Indian journal of veterinary science and animal husbandry - Volume 14,
Year: 1944
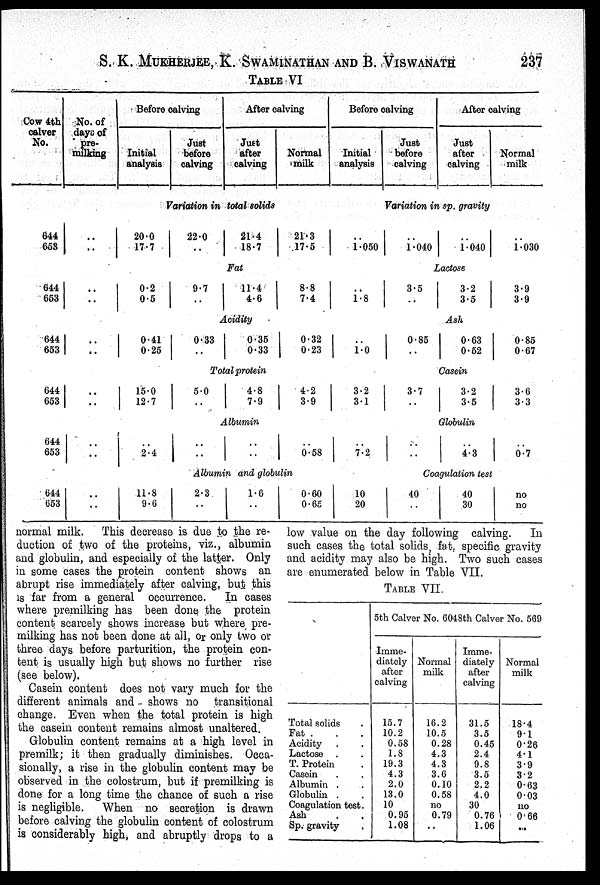
S. K. MUKHERJEE, K. SWAMINATHAN AND B. VISWANATH
237
TABLE VI
Cow 4th
calver
No.
644
653
644
653
644
653
644
653
644
653
644
653
No. of
days of
pre¬
milking
. .
. .
..
. .
. .
. .
. .
. .
. .
. .
. .
. .
Before calving
Initial
analysis
Just
before
calving
After calving
Just
after
calving
Normal
milk
Variation in total solids
20.0
17.7
22.0
. .
21.4
18.7
21.3
17.5
Fat
0.2
0.5
9.7
. .
11.4
4.6
8.8
7.4
Acidity
0.41
0.25
0.33
. .
0.35
0.33
0.32
0.23
Total protein
15.0
12.7
5.0
. .
4.8
7.9
4.2
3.9
Albumin
. .
2.4
. .
. .
. .
. .
. .
0.58
Albumin and globulin
11.8
9.6
2.3
. .
1.6
. .
0.60
0.65
Before calving
Initial
analysis
Just
before
calving
After calving
Just
after
calving
Normal
milk
Variation in sp. gravity
. .
1.050
. .
1.040
. .
1.040
. .
1.030
Lactose
. .
1.8
3.5
. .
3.2
3.5
3.9
3.9
Ash
. .
1.0
0.85
. .
0.63
0.52
0.85
0.67
Casein
3.2
3.1
3.7
. .
3.2
3.5
3.6
3.3
Globulin
. .
7.2
. .
. .
. .
4.3
. .
0.7
Coagulation test
10
20
40
. .
40
30
no
no
normal milk. This decrease is due to the re-
duction of two of the proteins, viz., albumin
and globulin, and especially of the latter. Only
in some cases the protein content shows an
abrupt rise immediately after calving, but this
is far from a general occurrence. In cases
where premilking has been done the protein
content scarcely shows increase but where pre-
milking has not been done at all, or only two or
three days before parturition, the protein con-
tent is usually high but shows no further rise
(see below).
Casein content does not vary much for the
different animals and shows no transitional
change. Even when the total protein is high
the casein content remains almost unaltered.
Globulin content remains at a high level in
premilk; it then gradually diminishes. Occa-
sionally, a rise in the globulin content may be
observed in the colostrum, but if premilking is
done for a long time the chance of such a rise
is negligible. When no secretion is drawn
before calving the globulin content of colostrum
is considerably high, and abruptly drops to a
low value on the day following calving. In
such cases the total solids, fat, specific gravity
and acidity may also be high. Two such cases
are enumerated below in Table VII.
TABLE VII.
Total solids .
Fat . . .
Acidity . .
Lactose . .
T. Protein .
Casein . .
Albumin . .
Globulin . .
Coagulation test.
Ash . .
Sp. gravity .
5th Calver No. 6048th Calver No. 569
Imme¬
diately
after
calving
15.7
10.2
0.58
1.8
19.3
4.3
2.0
13.0
10
0.95
1.08
Normal
milk
16.2
10.5
0.28
4.3
4.3
3.6
0.10
0.58
no
0.79
. .
Imme¬
diately
after
calving
31.5
3.5
0.45
2.4
9.8
3.5
2.2
4.0
30
0.76
1.06
Normal
milk
18.4
9.1
0.26
4.1
3.9
3.2
0.63
0.03
no
0.66
. .